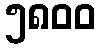
၅၈၀၀